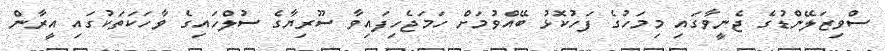
ސްވިޒަލޭންޑުގެ ޖެނީވާގައި މިމަހުގެ ފަހުކޮޅު ބޭއްވުމަށް ހަމަޖެހިފައިވާ ސޫރިޔާގެ ސުލްހައިގެ ވާހަކަތަކުގައި އީރާން